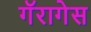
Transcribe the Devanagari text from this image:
गॅरागेस